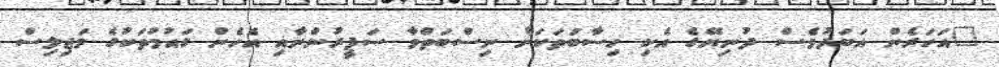
"އަހަރެން އަބަދުވެސް ދުނިޔޭގެ އެކި ހިސާބުތަކަށް ނިސްބަތްވާ ސަފީރުންނާއި އެހެން ގައުމުތަކުގެ މަޖިލިސް